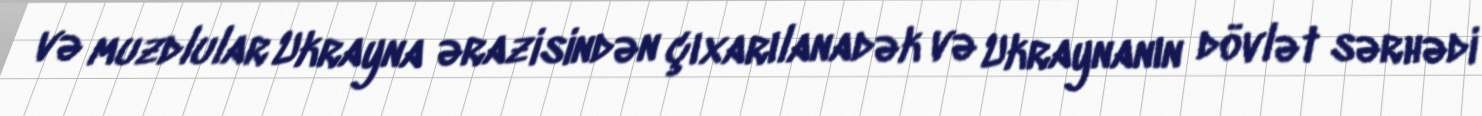
və muzdlular Ukrayna ərazisindən çıxarılanadək və Ukraynanın dövlət sərhədi